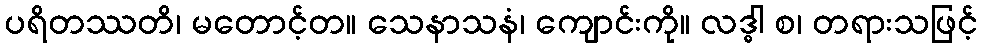
ပရိတဿတိ၊ မတောင့်တ။ သေနာသနံ၊ ကျောင်းကို။ လဒ္ဓါ စ၊ တရားသဖြင့်